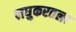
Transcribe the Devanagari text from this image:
लघुकरतला